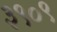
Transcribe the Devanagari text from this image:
३९०९